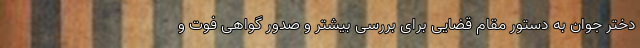
دختر جوان به دستور مقام قضایی برای بررسی بیشتر و صدور گواهی فوت و